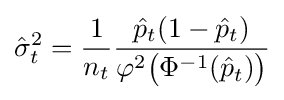
{\hat {\sigma }}_{t}^{2}={\frac {1}{n_{t}}}{\frac {{\hat {p}}_{t}(1-{\hat {p}}_{t})}{\varphi ^{2}{\big (}\Phi ^{-1}({\hat {p}}_{t}){\big )}}}